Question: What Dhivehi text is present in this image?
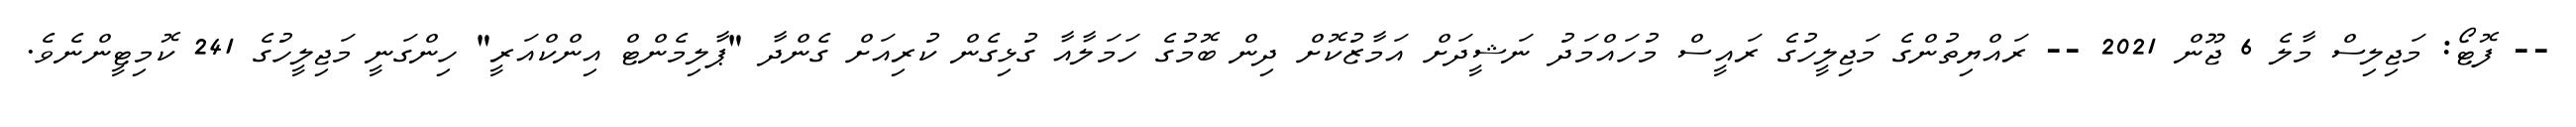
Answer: -- ފޮޓޯ: މަޖިލިސް މާލެ 6 ޖޫން 2021 -- ރައްޔިތުންގެ މަޖިލީހުގެ ރައީސް މުހައްމަދު ނަޝީދަށް އަމާޒުކޮށް ދިން ބޮމުގެ ހަމަލާއާ ގުޅިގެން ކުރިއަށް ގެންދާ "ޕާލިމެންޓް އިންކްއަރީ" ހިންގަނީ މަޖިލީހުގެ 241 ކޮމިޓީންނެވެ.